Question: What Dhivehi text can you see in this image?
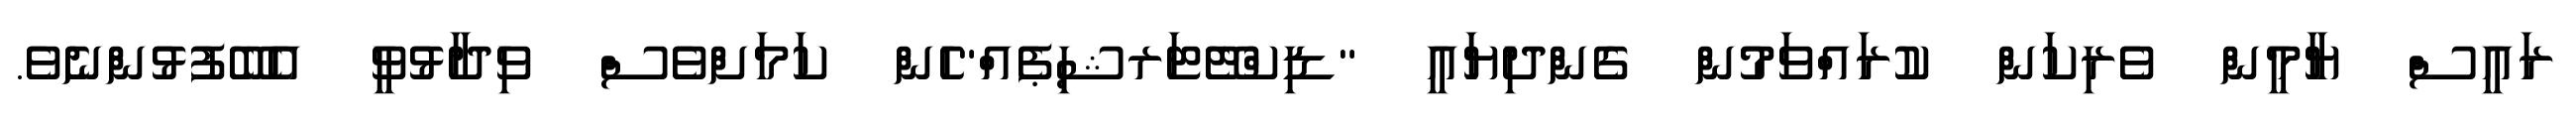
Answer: ރައީސް ޔާމީން ވެރިކަން ކުރައްވަމުން ގެންދިޔައީ "ޑިކްޓޭޓަރޝިޕެއް"ހެން ކަމަށްވެސް ވިދާޅުވީ އެބޭފުޅުންނެވެ.